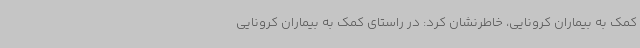
کمک به بیماران کرونایی، خاطرنشان کرد: در راستای کمک به بیماران کرونایی